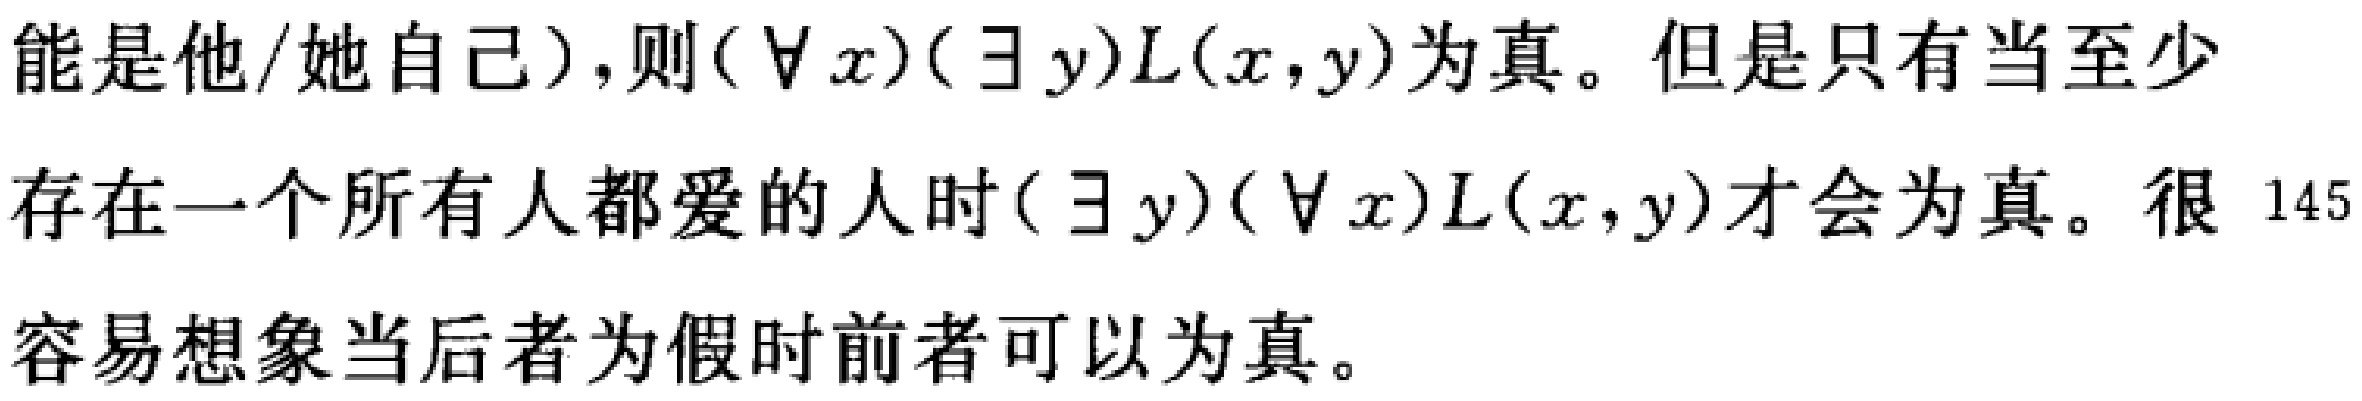
能是他/她自己）,则$(\forall x)(\exists y)L(x,y)$为真。但是只有当至少
存在一个所有人都爱的人时$(\exists y)(\forall x)L(x,y)$才会为真。很 145
容易想象当后者为假时前者可以为真。